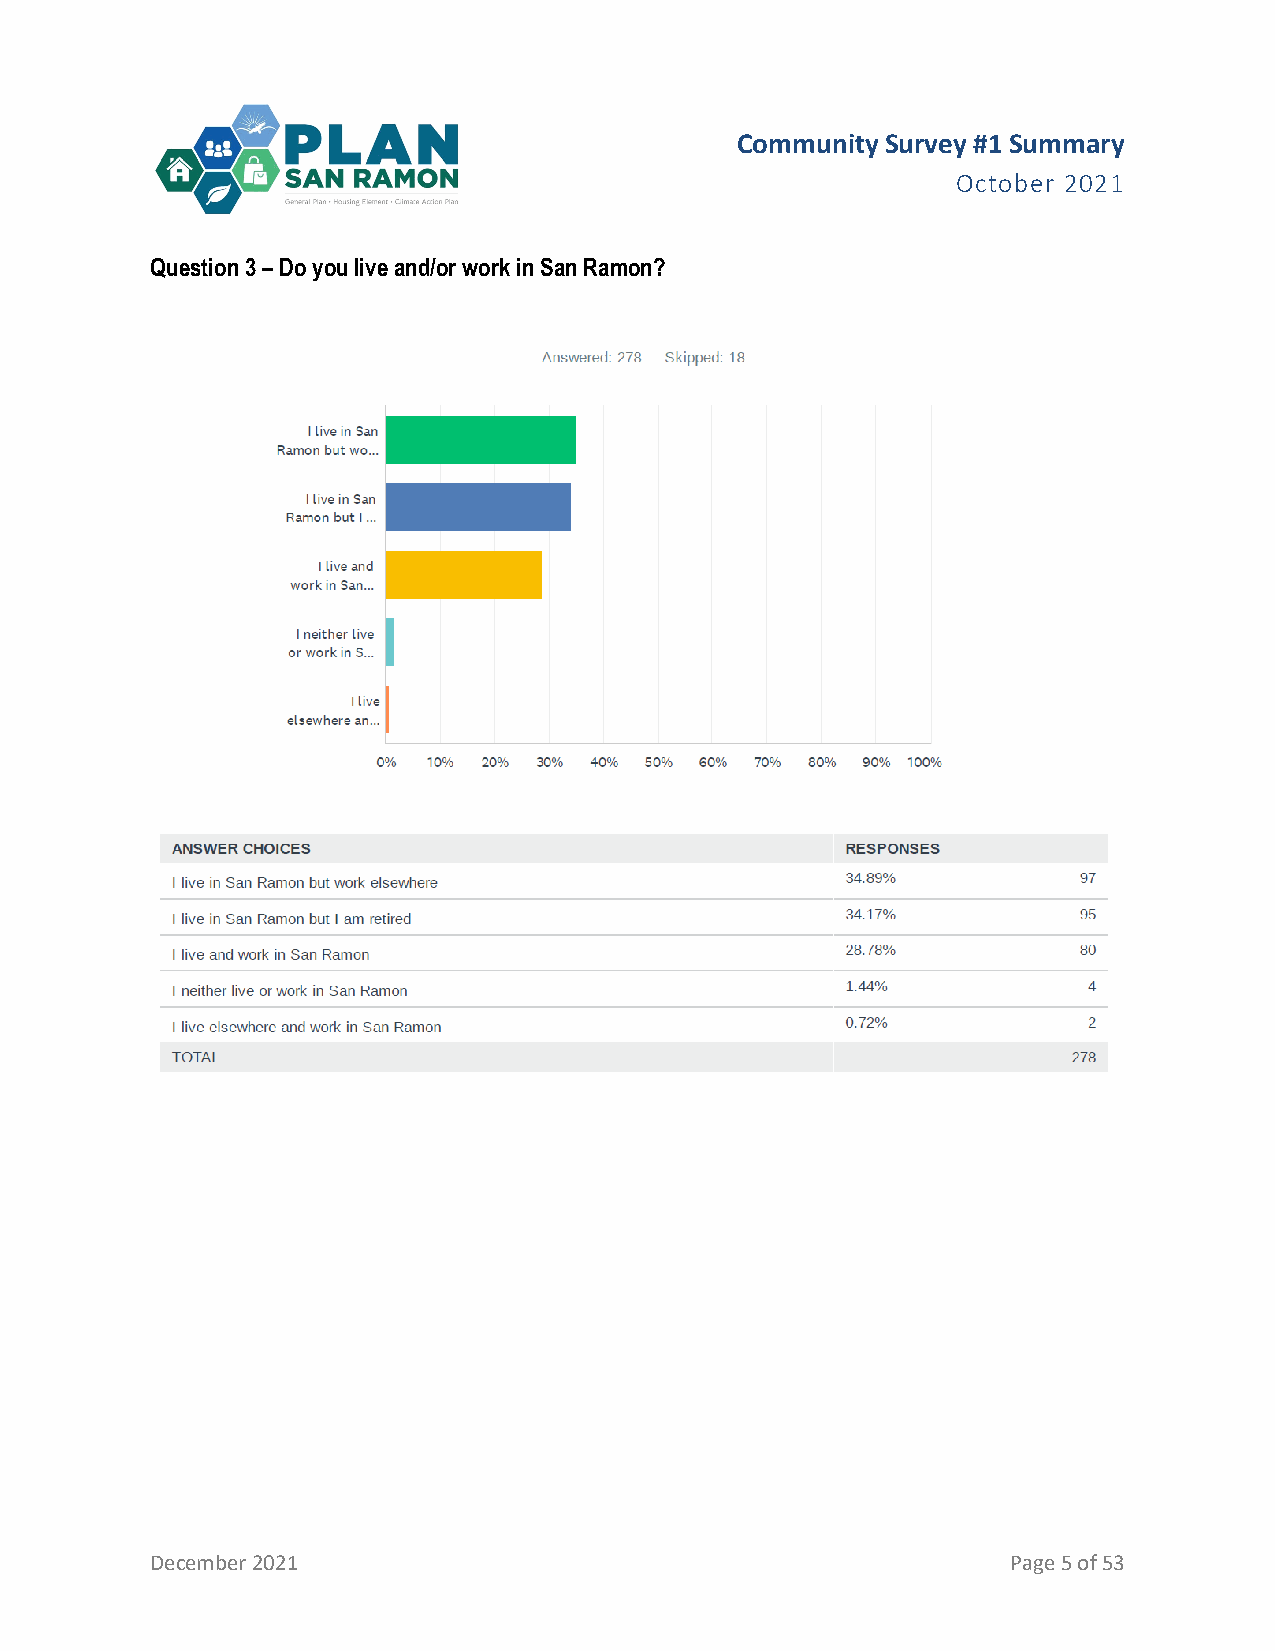
Community Survey #1 Summary
 October 2021
 Question 3 – Do you live and/or work in San Ramon?
 December 2021                                            Page 5 of 53